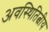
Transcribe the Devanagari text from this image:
अवस्थितित्वीय